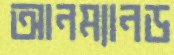
আনম্যানড